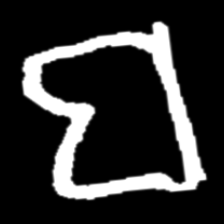
Pyu character \u2014 Myanmar letter: ဗ (romanized: ba)